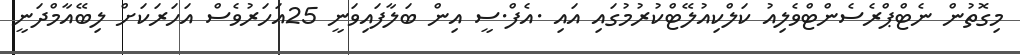
މިގޮތުން ނެޓްޕްރެސެންޓްވެލިއު ކަލްކިއުލޭޓްކުރުމުގައި އައި .އެފް.ސީ އިން ބަލާފައިވަނީ 25އަހަރުވެސް އަހަރަކަށް ލިބޭއާމްދަނީ